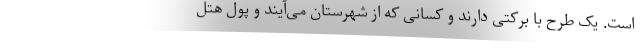
است. یک طرح با برکتی دارند و کسانی که از شهرستان می‌آیند و پول هتل